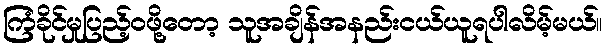
ကြံခိုင်မှုပြည့်ဝဖို့တော့ သူအချိန်အနည်းငယ်ယူရပါလိမ့်မယ်။